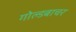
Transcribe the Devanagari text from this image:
गोल्डबाचर